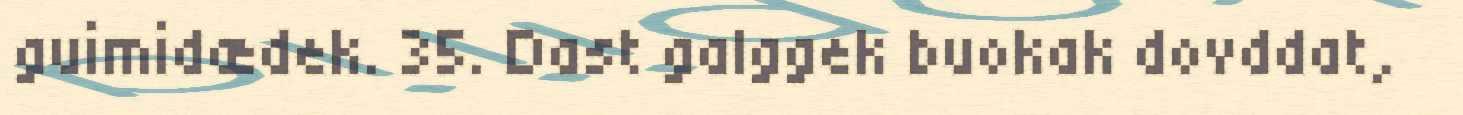
guimidædek. 35. Dast galggek buokak dovddat,